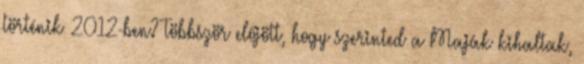
történik 2012-ben? Többször előjött, hogy szerinted a Maják kihaltak,